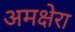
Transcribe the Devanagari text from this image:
अमक्षेरा